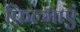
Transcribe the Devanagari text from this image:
फ़िल्माएं